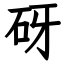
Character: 砑